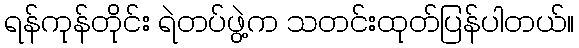
ရန်ကုန်တိုင်း ရဲတပ်ဖွဲ့က သတင်းထုတ်ပြန်ပါတယ်။